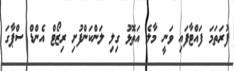
ފުރަތަމަ ފައްޓާފައި ވަނީ މާލެ އަތޮޅު ގިލި ލަންކަންފުށި ރިޒޯޓް އެންޑް ސްޕާގަ